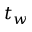
t _ { w }